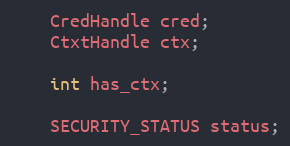
Language: C
    CredHandle cred;
    CtxtHandle ctx;

    int has_ctx;

    SECURITY_STATUS status;